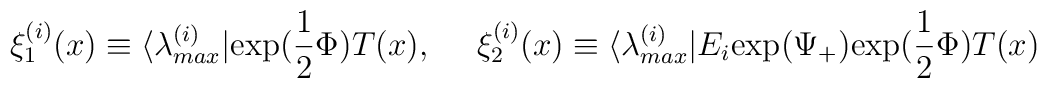
\xi_1^{(i)} (x) \equiv \langle \lambda_{max}^{(i)} | {\rm exp(}\frac{1}{2} \Phi) T(x),{}~~~~\xi_2^{(i)} (x) \equiv \langle \lambda_{max}^{(i)}|E_i{\rm exp(}\Psi_+) {\rm exp(} \frac{1}{2} \Phi) T(x)